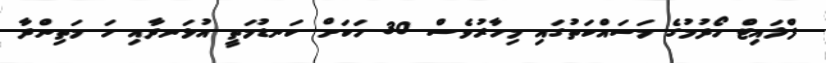
ފްލައިޓް ހޯދުމުގެ މަސައްކަތުގައި މިހާރުވެސް 30 ހަކަށް ކަނޑުމަތީ އުޅަނދާއި ހަ މަތިންދާ